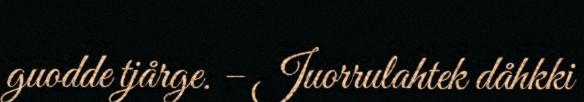
guodde tjårge. – Juorrulahtek dåhkki